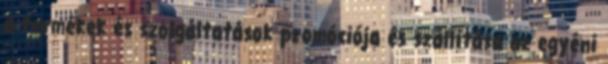
a termékek és szolgáltatások promóciója és szállítása az egyéni